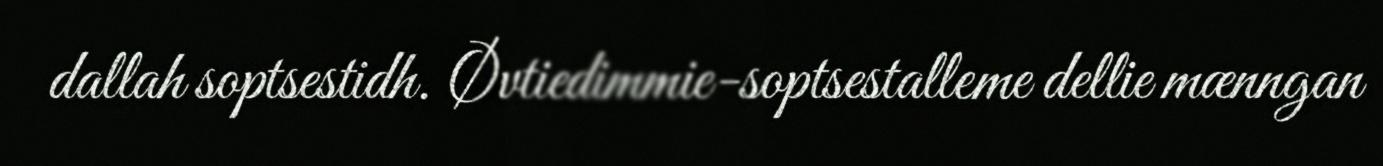
dallah soptsestidh. Øvtiedimmie-soptsestalleme dellie mænngan